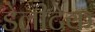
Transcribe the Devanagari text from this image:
डेलीटेक